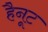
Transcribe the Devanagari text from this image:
हैनूट